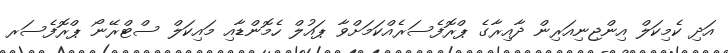
އަދި ކެމިކަލް އިންޖިނިއަރިން ދާއިރާގެ ޕްރޮފެސަރެއްކަމަށްވާ ޕައުލް ހެމޮންޑާއި މައިކަލް ސްޓްރޭނޯ ޕްރޮފެސަރ